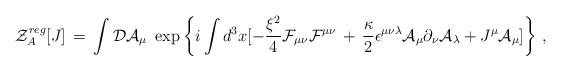
\begin{align*} {\mathcal Z}^{reg}_A[J] \,=\, \int {\mathcal D} {\mathcal A}_\mu \, \,\exp \left\{ i \int d^3x [-\frac{\xi^2}{4} {\mathcal F}_{\mu\nu}{\mathcal F}^{\mu\nu} \, +\, \frac{\kappa}{2} \epsilon^{\mu\nu\lambda}{\mathcal A}_\mu \partial_\nu {\mathcal A}_\lambda +J^\mu {\mathcal A}_\mu ]\right\} \,,\end{align*}